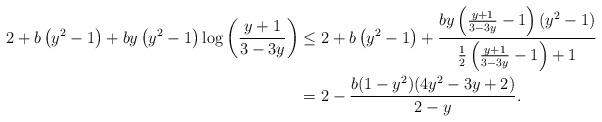
LaTeX: \begin{align*} 2+ b \left(y^2-1\right)+b y \left(y^2-1\right) \log \left(\frac{y+1}{3-3 y}\right) &\leq 2+ b \left(y^2-1\right)+\frac{b y \left(\frac{y+1}{3-3 y}-1\right) \left(y^2-1\right)}{\frac{1}{2} \left(\frac{y+1}{3-3 y}-1\right)+1}\\ &=2-\frac{b (1-y^2) (4 y^2-3y+2)}{2-y}.\end{align*}